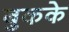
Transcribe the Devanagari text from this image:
बुकके